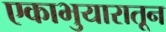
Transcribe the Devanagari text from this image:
एकाभुयारातून